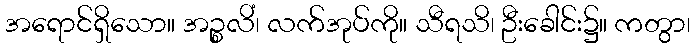
အရောင်ရှိသော။ အဉ္စလိံ၊ လက်အုပ်ကို။ သီရသိ၊ ဦးခေါင်း၌။ ကတွာ၊